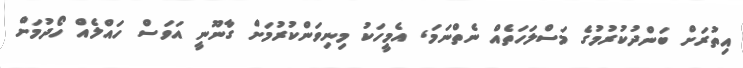
އިތުރަށް ބަންދުކުރުމުގެ މަސްލަހަތެއް ނެތްނަމަ